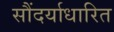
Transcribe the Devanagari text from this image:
सौंदर्याधारित